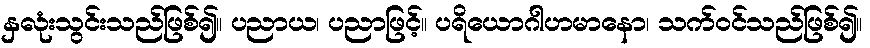
နှလုံးသွင်းသည်ဖြစ်၍။ ပညာယ၊ ပညာဖြင့်။ ပရိယောဂါဟမာနော၊ သက်ဝင်သည်ဖြစ်၍။